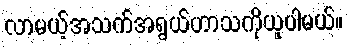
လာမယ့်အသက်အရွယ်ဟာသကိုယူပါမယ်။